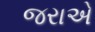
જરાએ